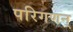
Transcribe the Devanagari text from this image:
परिगणन्